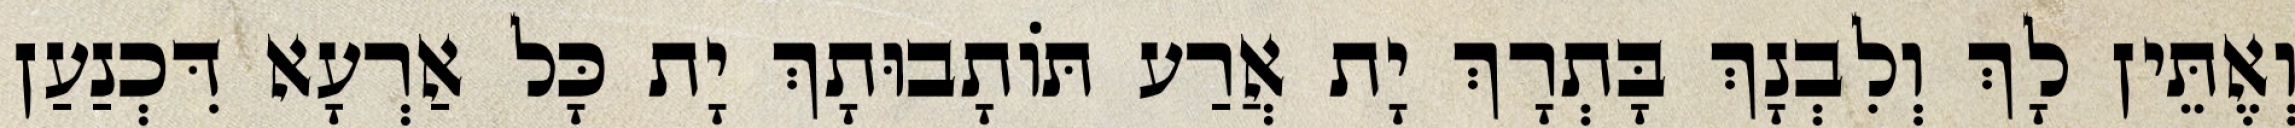
וְאֶתֵּין לָךְ וְלִבְנָךְ בָּתְרָךְ יָת אֲרַע תּוֹתָבוּתָךְ יָת כָּל אַרְעָא דִּכְנַעַן